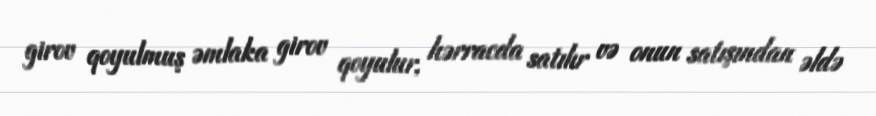
girov qoyulmuş əmlaka girov qoyulur, hərracda satılır və onun satışından əldə